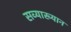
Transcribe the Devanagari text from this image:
सव्याख्यान